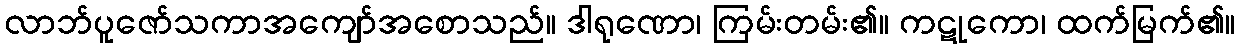
လာဘ်ပူဇော်သကာအကျော်အစောသည်။ ဒါရုဏော၊ ကြမ်းတမ်း၏။ ကဋုကော၊ ထက်မြက်၏။